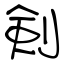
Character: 剣